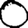
Digit: 0